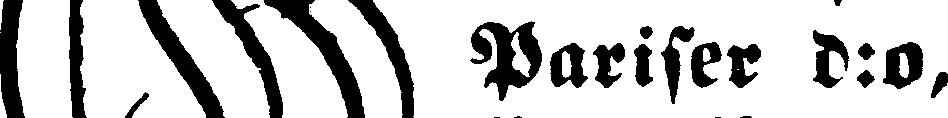
V MM Parifer d:o,